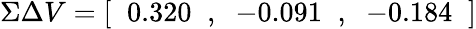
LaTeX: \Sigma\Delta V=[\; \; 0.320\; \; ,\; \; -0.091\; \; ,\; \; -0.184\; \; ]